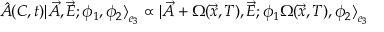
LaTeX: \hat { A } ( C , t ) | \vec { A } , \vec { E } ; \phi _ { 1 } , \phi _ { 2 } { \rangle } _ { e _ { 3 } } \propto | \vec { A } + \Omega ( \vec { x } , T ) , \vec { E } ; \phi _ { 1 } \Omega ( \vec { x } , T ) , \phi _ { 2 } { \rangle } _ { e _ { 3 } }